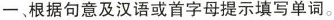
一、根据句意及汉语或首字母提示填写单词。